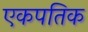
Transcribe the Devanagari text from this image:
एकपतिक